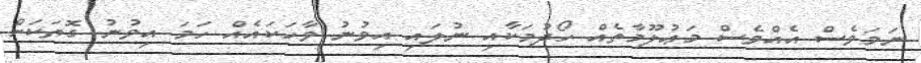
ނަމަވެސް އެއްވެސް މަޢުލޫމާތެއް ހޯދުމަކާއި ނުލައި އިވުނު ވާހަކައެއް ހަމަ އިވުނު ގޮތަކަށް